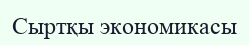
Cыртқы экономикаcы